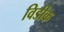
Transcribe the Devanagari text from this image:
विडीक